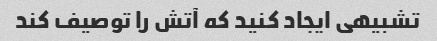
تشبیهی ایجاد کنید که آتش را توصیف کند